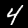
Digit: 4